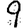
Digit: 9